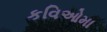
કવિઓમા